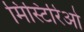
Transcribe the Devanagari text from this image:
मिस्टिरिओ